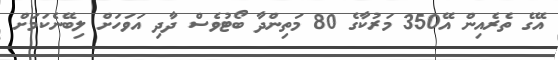
އޭގެ ތެރެއިން އޭ350 މަރުކާގެ 80 މަތިންދާ ބޯޓުވެސް ދާދި އަވަހަށް ލިބޭނެކަމަށް